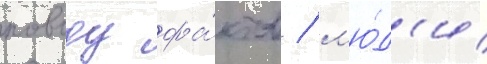
поводу фа́ктов / л'ю́д'и